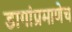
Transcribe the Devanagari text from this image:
डागांप्रमाणेच